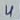
Text: 4